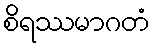
စိရဿမာဂတံ